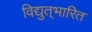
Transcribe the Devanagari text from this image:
विद्युत्‌भारित